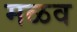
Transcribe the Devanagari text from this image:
मळव